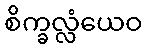
စိက္ခလ္လံယေဝ